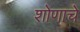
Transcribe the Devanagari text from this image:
शोणाचे